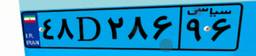
۵۹D۳۵۶۹۴